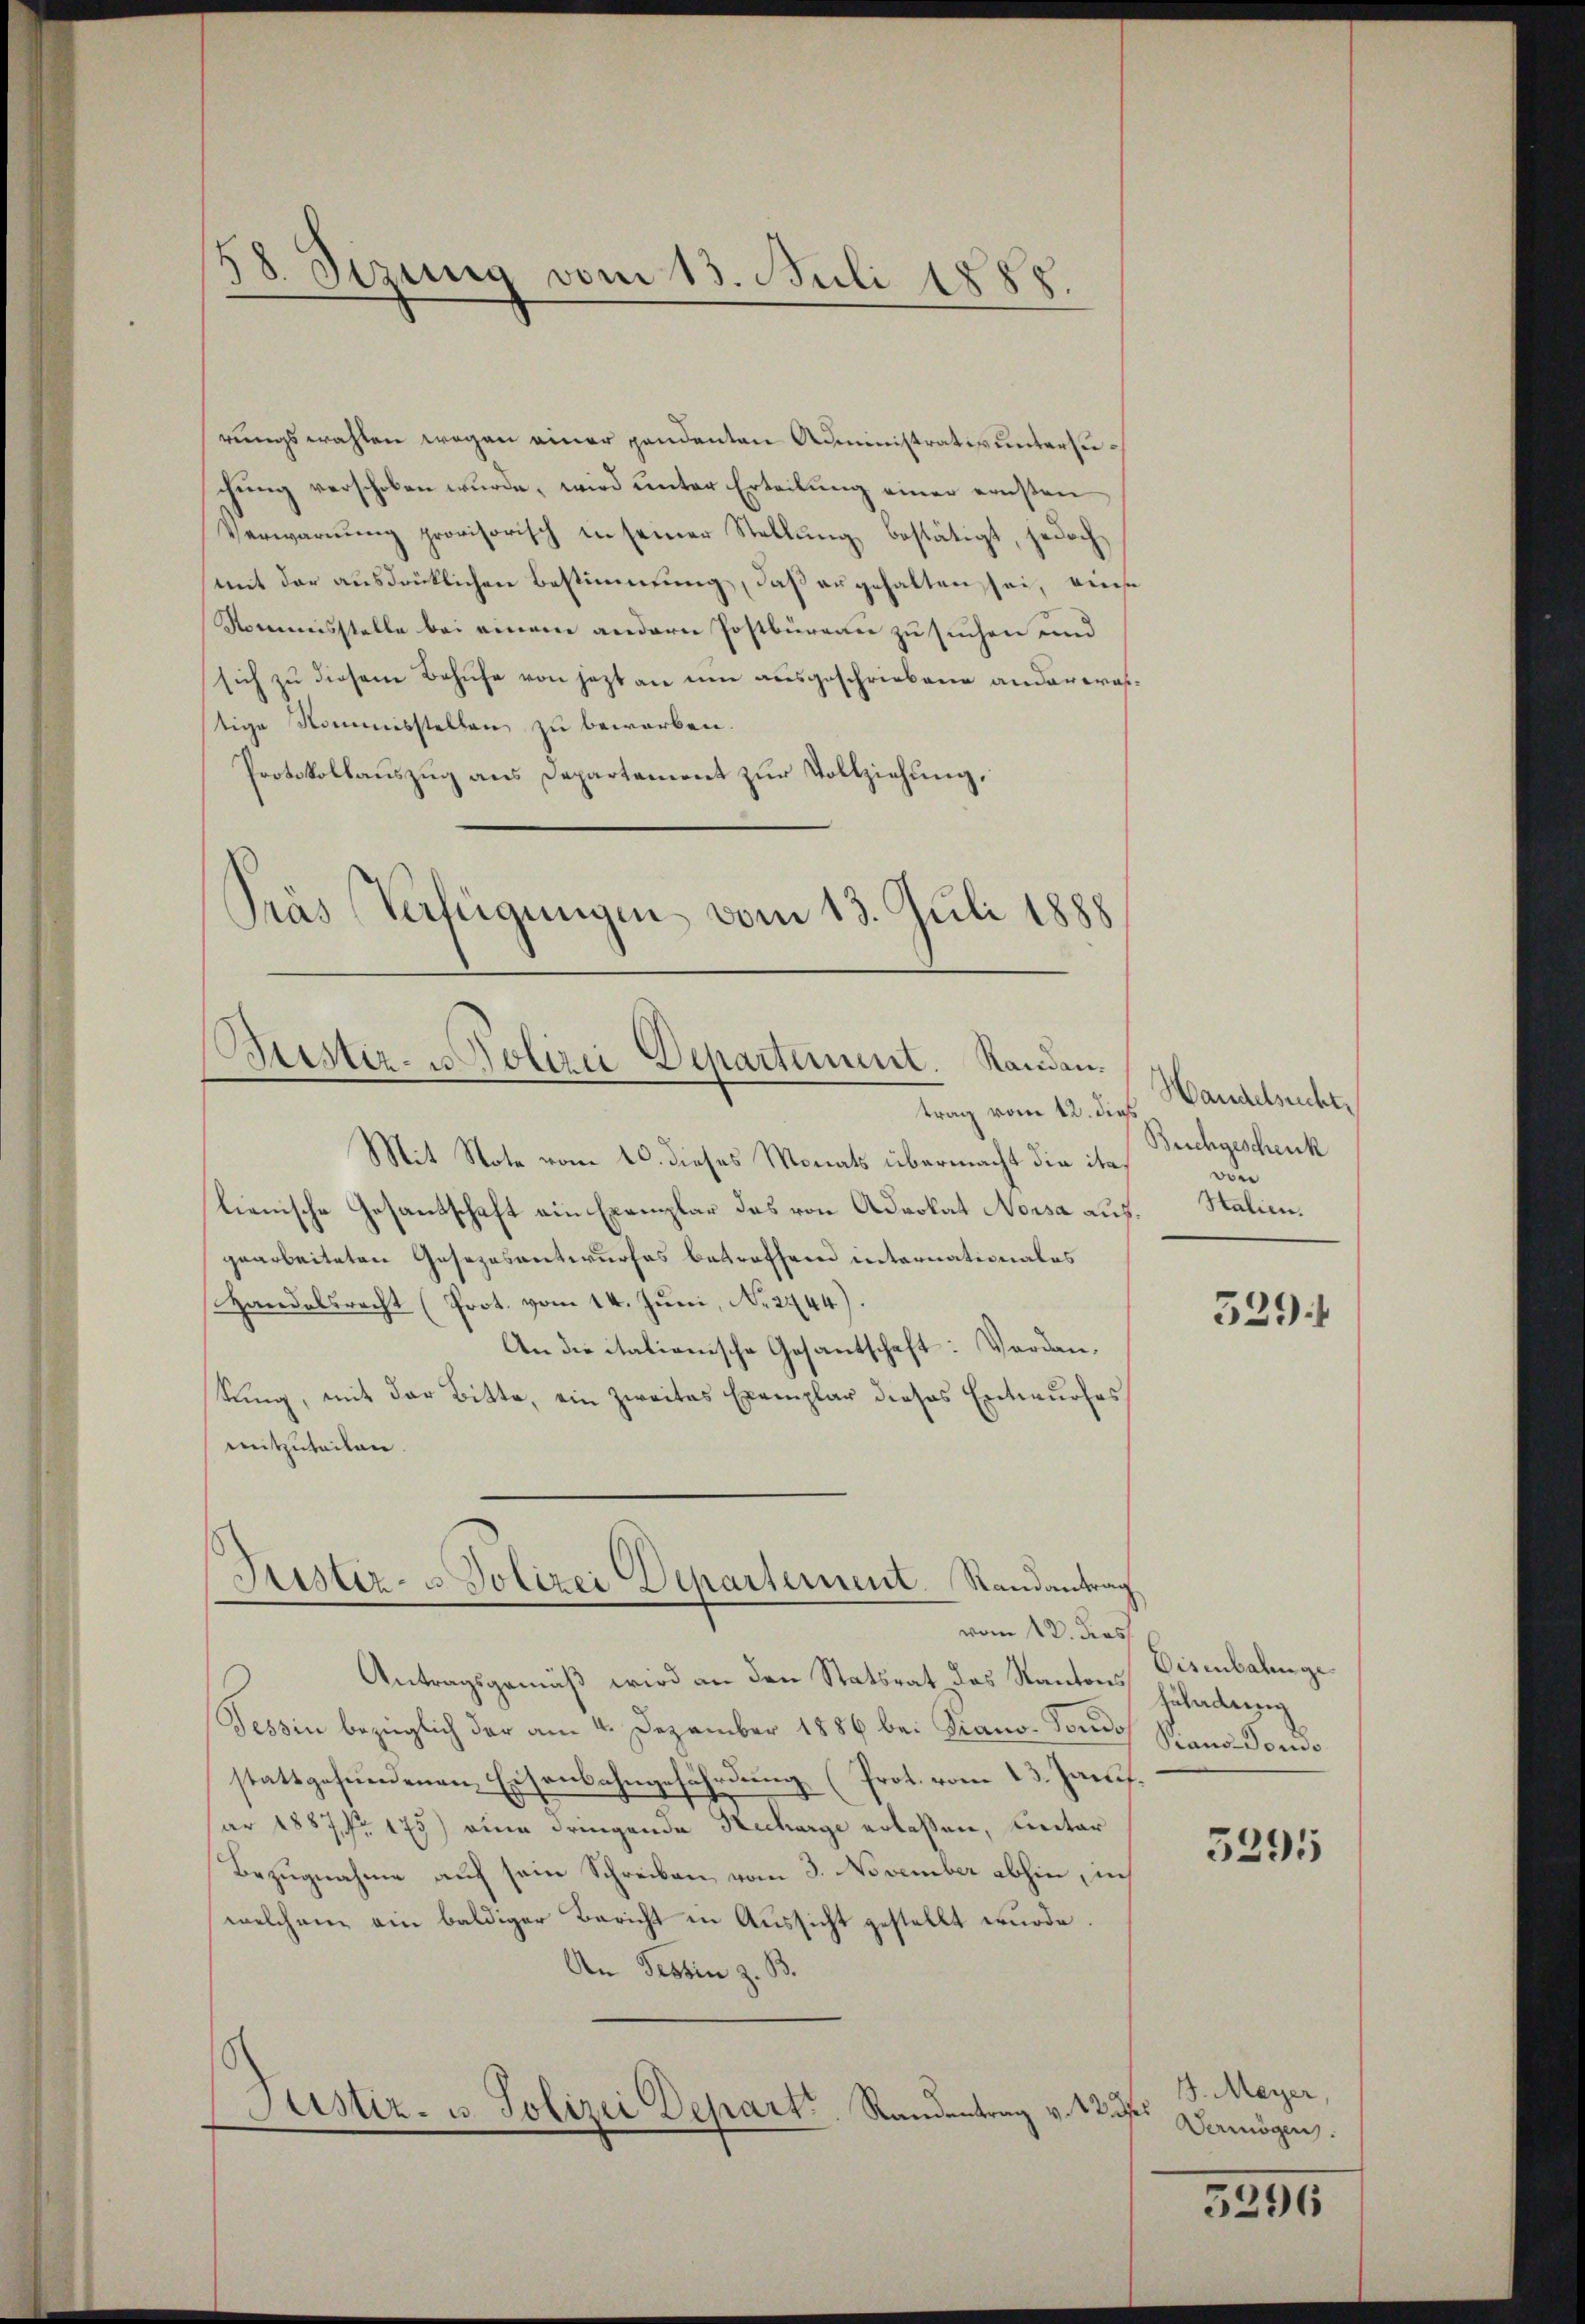
58. Sizung vom 13. Juli 1888.

rungswahlen wegen einer pendanten Administratis unterzuschung verschoben wurde, wird unter Erteilung einer ernsten
Verwarnŭng provisorisch in seiner Stellŭng bestätigt, jedoch,
mit der ausdrüklichen Bestimmung, daß er gehalten sei, einse
Nomusstelle bei einem andern Postbüreau zu suchen und
sich zu diesem Behufe von jetzt an um ausgeschriebene andererestige Kommisstellen zu beworben.
Protokollauszug aus Departement zur Vollziehung,
Gras Verfügungen vom 13. Juli 1888

tister- u Polizei Departement. Randantrag vom 12. dieß

Mit Note vom 10. dieses Monats übermacht die italienische Gesandschaft ein Exemplar das von Advokat Norsa aus. Stalien.
gearbeiteten Gesezesantwurfes betroffend internationales
Handelsrecht (Prot. vom 14. Juni, No. 2744).
An die italienische Gesantschaft: Verdan¬
Sŭng, mit der Bitte, ein zweites Exemplar dieses Entwŭrfes
mitzuteilen.
Antragsgemäß wird an den Statsrat das Kantons
Tessin bezüglich der am 4. Dezember 1886 bei Piano. Toudo
stattgefundenen Eisenbahngefährdung (Prot. vom 13. Jani
ar 1887, Nr. 175) eine dringende Recharge erlassen, unter
Bezugnahme auf sein Schreiben vom 3. November abhin, in
welchem ein baldiger Bericht in Aussicht gestellt wurde.
An Tessin z. B.
Justiz- u. Polizei Depart. Randentrag v. 125

Puster- & Polizei Departement. Randantrag
vom 12. dies

Handelsrecht
Buchgeschenk
von

529:

Eisenbahngefüladung
Praus dons

5291

J. Meyer,
des
Vermögen.

5296